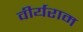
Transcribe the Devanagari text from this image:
वीर्यराम